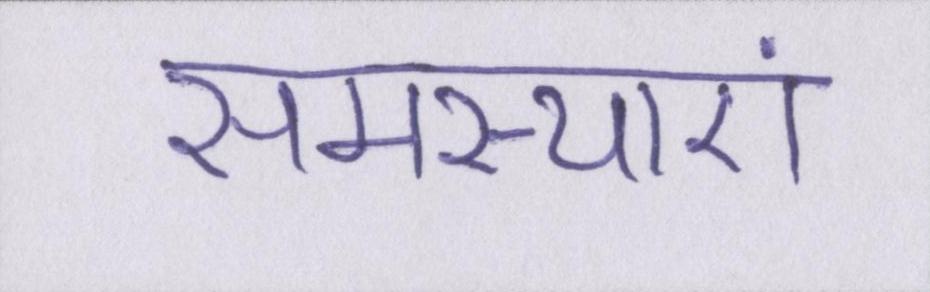
समस्याएं